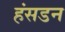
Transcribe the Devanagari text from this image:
हंसडन